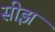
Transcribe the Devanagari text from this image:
सीझ